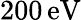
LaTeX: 200\, \mathrm{eV}